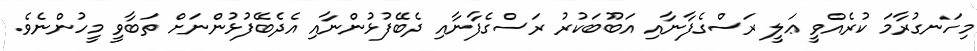
މިހަނގުރާމަ ކުރެއްވީ ޢަލީ ރަސްގެފާނާއި އަބޫބަކުރު ރަސްގެފާނާއި ދެބޭފުޅުންނާއި އެދެބޭފުޅުންނަށް ތަބާވީ މީހުންނެވެ.